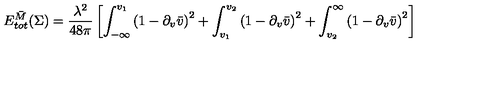
E _ { t o t } ^ { \bar { M } } ( \Sigma ) = { \frac { \lambda ^ { 2 } } { 4 8 \pi } } \left[ \int _ { - \infty } ^ { v _ { 1 } } \left( 1 - \partial _ { v } \bar { v } \right) ^ { 2 } + \int _ { v _ { 1 } } ^ { v _ { 2 } } \left( 1 - \partial _ { v } \bar { v } \right) ^ { 2 } + \int _ { v _ { 2 } } ^ { \infty } \left( 1 - \partial _ { v } \bar { v } \right) ^ { 2 } \right]